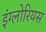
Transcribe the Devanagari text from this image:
इंग्लोरियस